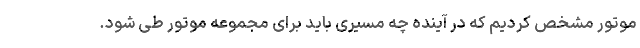
موتور مشخص کردیم که در آینده چه مسیری باید برای مجموعه موتور طی شود.